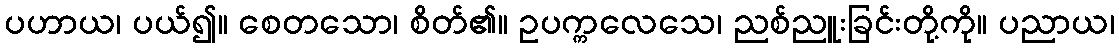
ပဟာယ၊ ပယ်၍။ စေတသော၊ စိတ်၏။ ဥပက္ကလေသေ၊ ညစ်ညူးခြင်းတို့ကို။ ပညာယ၊